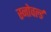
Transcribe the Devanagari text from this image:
स्नोवर्ल्ड